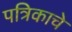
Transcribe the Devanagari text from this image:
पत्रिकाचे